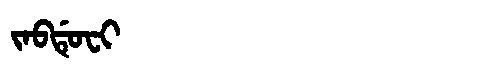
Manchu: ᠵᠠᠪᡩᡠᠸᡳ
Romanization: JABDUFI